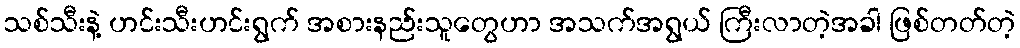
သစ်သီးနဲ့ ဟင်းသီးဟင်းရွက် အစားနည်းသူတွေဟာ အသက်အရွယ် ကြီးလာတဲ့အခါ ဖြစ်တတ်တဲ့